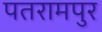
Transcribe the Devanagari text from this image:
पतरामपुर